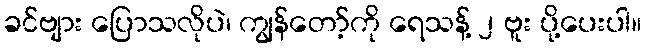
ခင်ဗျား ပြောသလိုပဲ၊ ကျွန်တော့်ကို ရေသန့် ၂ ဗူး ပို့ပေးပါ။